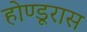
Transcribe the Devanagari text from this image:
होण्डूरास